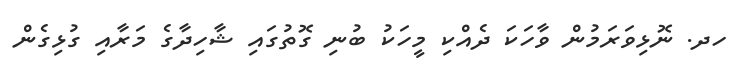
ހދ. ނޮޅިވަރަމުން ވާހަކަ ދެއްކި މީހަކު ބުނި ގޮތުގައި ޝާހިދާގެ މަރާއި ގުޅިގެން